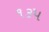
૧૩૫